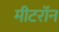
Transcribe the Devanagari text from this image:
मीटरॉन